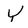
Character: Y